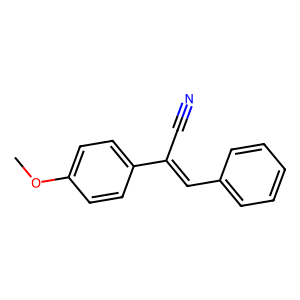
SMILES: COc1ccc(C(C#N)=Cc2ccccc2)cc1
Inhibits HIV replication: No